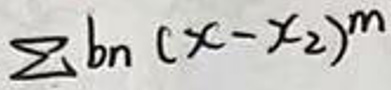
$\sum b_{n}(x - x_{2})^{m}$